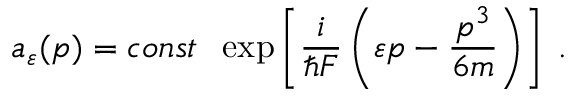
a _ { \varepsilon } ( p ) = c o n s t \; \; \exp \left[ \frac { i } { \hbar F } \left( \varepsilon p - \frac { p ^ { 3 } } { 6 m } \right) \right] \; .